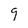
Character: 9